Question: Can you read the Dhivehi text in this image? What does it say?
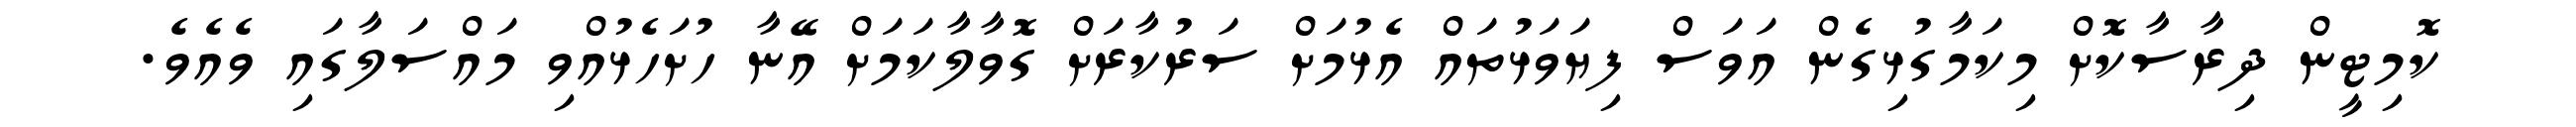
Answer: ކޮމިޓީން ދިރާސާކޮށް މިކަމާގުޅިގެން އަވަސް ފިޔަވަޅުތައް އެޅުމަށް ސަރުކާރަށް ގޮވާލާކަމަށް އޭނާ ހުށަހެޅުއްވި މައްސަލާގައި ވެއެވެ.